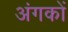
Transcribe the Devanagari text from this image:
अंगकों